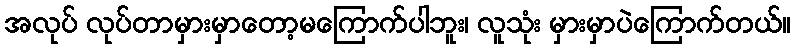
အလုပ် လုပ်တာမှားမှာတော့မကြောက်ပါဘူး၊ လူသုံး မှားမှာပဲကြောက်တယ်။